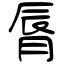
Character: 脣